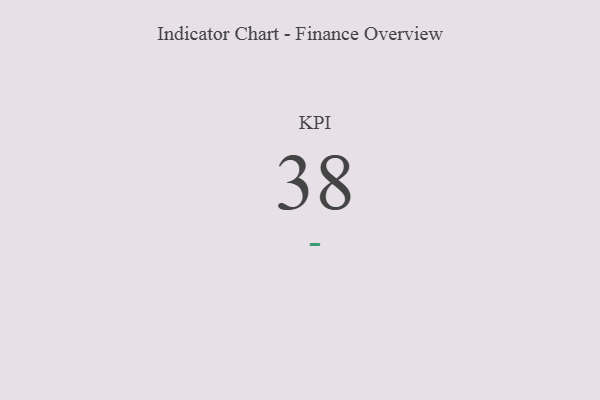
{"axis": {"x": "KPI", "y": "Value"}, "legend": [""], "data": [{"x": "KPI", "y": 38, "type": ""}]}